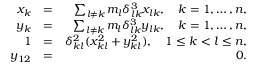
\begin{array} { r l r } { x _ { k } } & { = } & { \sum _ { l \neq k } m _ { l } \delta _ { l k } ^ { 3 } x _ { l k } , \quad k = 1 , \ldots , n , } \\ { y _ { k } } & { = } & { \sum _ { l \neq k } m _ { l } \delta _ { l k } ^ { 3 } y _ { l k } , \quad k = 1 , \ldots , n , } \\ { 1 } & { = } & { \delta _ { k l } ^ { 2 } ( x _ { k l } ^ { 2 } + y _ { k l } ^ { 2 } ) , \quad 1 \leq k < l \leq n , } \\ { y _ { 1 2 } } & { = } & { 0 . } \end{array}